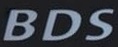
BDS